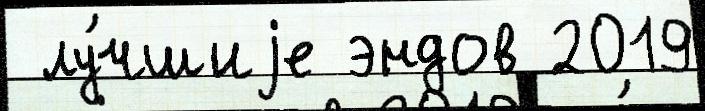
 лу́чшиjе эндов 2019